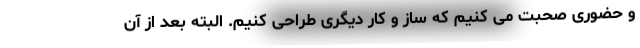
و حضوری صحبت می کنیم که ساز و کار دیگری طراحی کنیم. البته بعد از آن